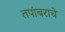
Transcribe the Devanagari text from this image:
तपांबराचे